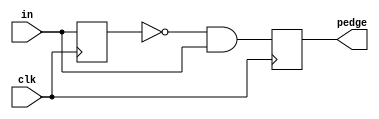
module top_module (
    input clk,
    input [7:0] in,
    output [7:0] pedge
);

    reg [7:0] r_in;
    always@(posedge clk) begin
        r_in <= in;
        pedge = ~r_in & in;
    end

endmodule